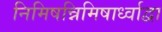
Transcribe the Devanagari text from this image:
निमिषन्निमिषार्ध्वाद्वा